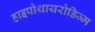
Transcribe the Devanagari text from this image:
हाइपोथायरोडिज्म